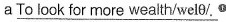
\underline{aTo look for more wealth/welθ/. }^{2}